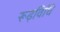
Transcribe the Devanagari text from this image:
रूढ़विधि